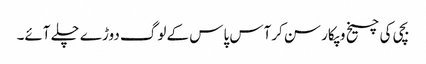
بچی کی چیخ وپکار سن کرآس پاس کے لوگ دوڑے چلے آئے۔